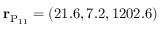
{ \bf r } _ { \mathrm { P _ { 1 1 } } } = ( 2 1 . 6 , 7 . 2 , 1 2 0 2 . 6 )